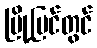
မြို့ပြင်တွင်